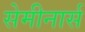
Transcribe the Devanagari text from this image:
सेमीनार्स